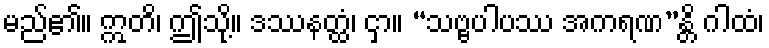
မည်၏။ ဣတိ၊ ဤသို့။ ဒဿနတ္ထံ၊ ငှာ။ “သဗ္ဗပါပဿ အကရဏ”န္တိ ဂါထံ၊